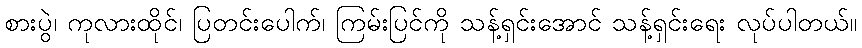
စားပွဲ၊ ကုလားထိုင်၊ ပြတင်းပေါက်၊ ကြမ်းပြင်ကို သန့်ရှင်းအောင် သန့်ရှင်းရေး လုပ်ပါတယ်။